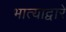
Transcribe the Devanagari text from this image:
भात्याद्वारे